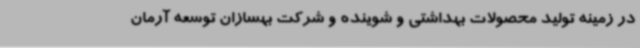
در زمینه تولید محصولات بهداشتی و شوینده و شرکت بهسازان توسعه آرمان